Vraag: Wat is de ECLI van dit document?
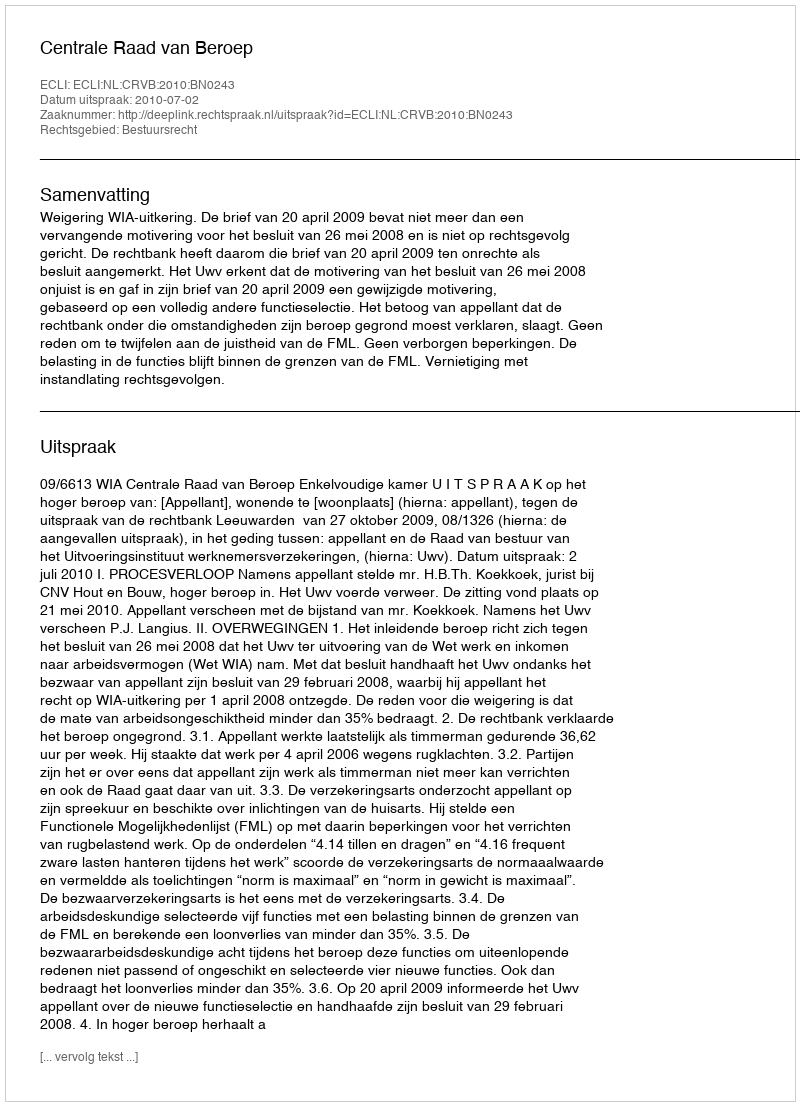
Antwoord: ECLI:NL:CRVB:2010:BN0243